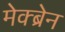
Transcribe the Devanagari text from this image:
मेक्ब्रेन